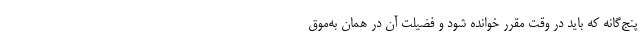
پنج‌گانه که باید در وقت مقرر خوانده شود و فضیلت آن در همان به‌موق